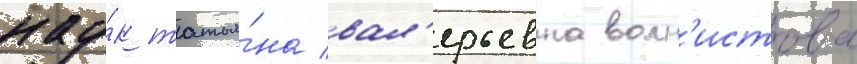
нау́к татья́на вал'ерьевна волн'истова